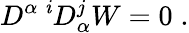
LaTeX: D^{\alpha\; \mathit{i}}D_{\alpha}^{j}W=0\; .